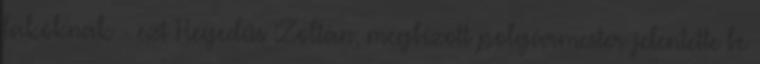
lakóknak - ezt Hegedűs Zoltán, megbízott polgármester jelentette be